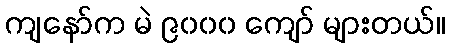
ကျနော်က မဲ ၉၀၀၀ ကျော် များတယ်။